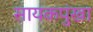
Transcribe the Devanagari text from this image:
सायकपुंखा